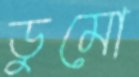
ডুমো